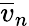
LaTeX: \overline{{v}}_{n}